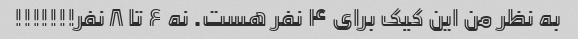
به نظر من این کیک برای ۴ نفر هست. نه ۶ تا ۸ نفر!!!!!!!